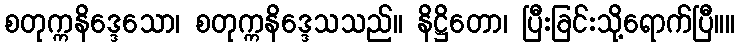
စတုက္ကနိဒ္ဒေသော၊ စတုက္ကနိဒ္ဒေသသည်။ နိဋ္ဌိတော၊ ပြီးခြင်းသို့ရောက်ပြီ။။